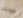
طولك